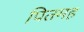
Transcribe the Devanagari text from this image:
पितमह